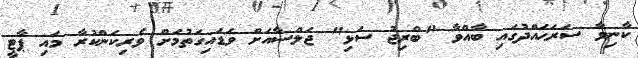
ކާނިވާ ސަރަޙައްދުގައި ބާއްވާ "ބްރިޖު ސަޅި" ޖަލްސާއަށް ވަޑައިގަތުމަށް ވެރިކަންކުރާ މައި ޕާޓީ